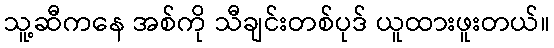
သူ့ဆီကနေ အစ်ကို သီချင်းတစ်ပုဒ် ယူထားဖူးတယ်။